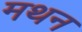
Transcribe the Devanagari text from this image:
मथन